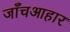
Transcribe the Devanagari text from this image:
जाँचआहार